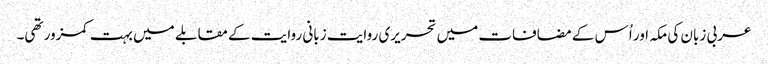
عربی زبان کی مکہ اور اُس کے مضافات میں تحریری روایت زبانی روایت کے مقابلے میں بہت کمزور تھی۔